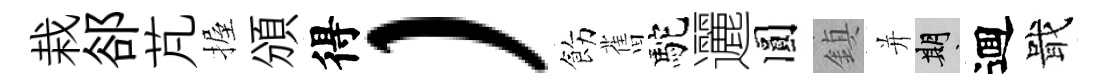
栽郤芃握頒得）飭𦾔駝邐圓鎮并期逥戢